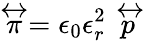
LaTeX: \stackrel{\leftrightarrow}{\pi}=\epsilon_{0}\epsilon_{r}^{2}\stackrel{\leftrightarrow}{p}